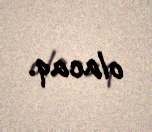
olacaq.